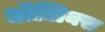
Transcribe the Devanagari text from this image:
ॲलिक्स